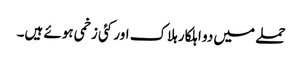
حملے میں دو اہلکار ہلاک اور کئی زخمی ہوئے ہیں۔